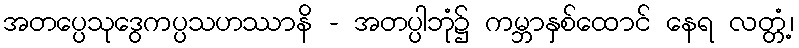
အတပ္ပေသုဒွေကပ္ပသဟဿာနိ - အတပ္ပါဘုံ၌ ကမ္ဘာနှစ်ထောင် နေရ လတ္တံ့၊